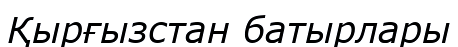
Қырғызстан батырлары